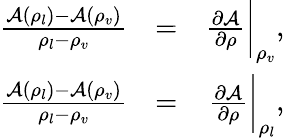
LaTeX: \begin{array}{rlr}{\frac{\mathcal{A}(\rho_{l})-\mathcal{A}(\rho_{v})}{\rho_{l}-\rho_{v}}}&{=}&{\frac{\partial\mathcal{A}}{\partial\rho}\bigg\vert_{\rho_{v}},}\\ {\frac{\mathcal{A}(\rho_{l})-\mathcal{A}(\rho_{v})}{\rho_{l}-\rho_{v}}}&{=}&{\frac{\partial\mathcal{A}}{\partial\rho}\bigg\vert_{\rho_{l}},}\end{array}